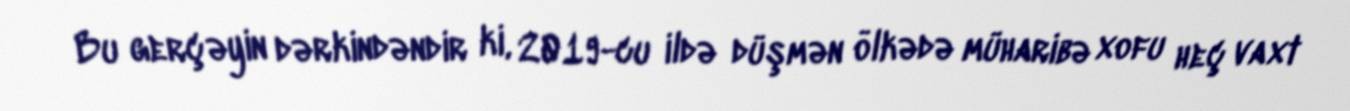
Bu gerçəyin dərkindəndir ki, 2019-cu ildə düşmən ölkədə müharibə xofu heç vaxt